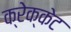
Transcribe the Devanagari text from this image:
क्रेक्केट